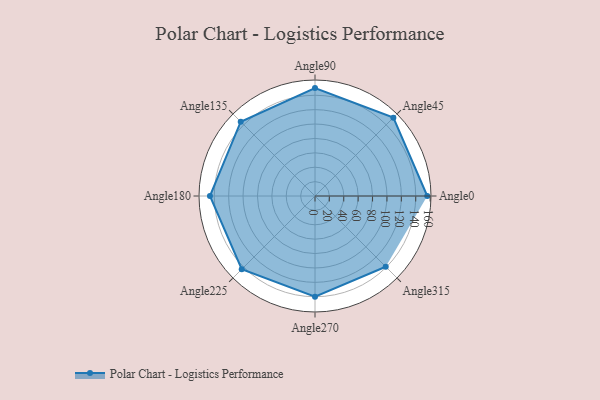
{"axis": {"x": "Angle", "y": "Radius"}, "legend": [""], "data": [{"x": "Angle0", "y": 156.0, "type": ""}, {"x": "Angle45", "y": 154.0, "type": ""}, {"x": "Angle90", "y": 150.0, "type": ""}, {"x": "Angle135", "y": 146.0, "type": ""}, {"x": "Angle180", "y": 146.0, "type": ""}, {"x": "Angle225", "y": 144.0, "type": ""}, {"x": "Angle270", "y": 140.0, "type": ""}, {"x": "Angle315", "y": 139.0, "type": ""}]}